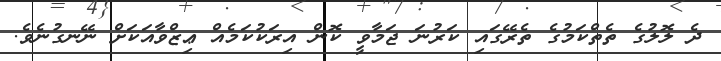
ދެ ލޮލުގެ ތެތްކަމުގެ ތެރޭގައި ކަރުނަ ޖަމާވީ ކޮން އިރަކުކަމެއް ޢިޒްވާއަކަށް ނޭނގުނެވެ.